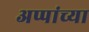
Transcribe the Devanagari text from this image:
अप्पांच्या